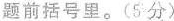
题前括号里。(5分)